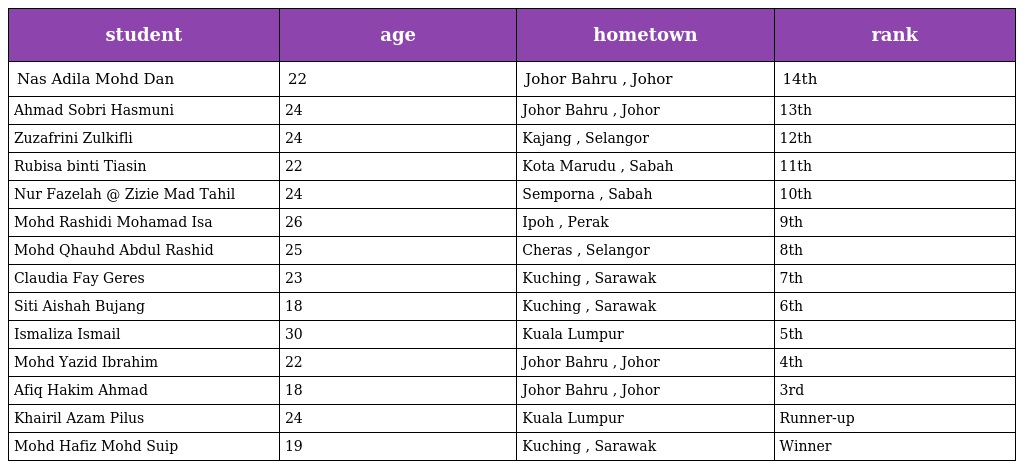
| student | age | hometown | rank |
 | --- | --- | --- | --- |
 | Nas Adila Mohd Dan | 22 | Johor Bahru , Johor | 14th |
 | Ahmad Sobri Hasmuni | 24 | Johor Bahru , Johor | 13th |
 | Zuzafrini Zulkifli | 24 | Kajang , Selangor | 12th |
 | Rubisa binti Tiasin | 22 | Kota Marudu , Sabah | 11th |
 | Nur Fazelah @ Zizie Mad Tahil | 24 | Semporna , Sabah | 10th |
 | Mohd Rashidi Mohamad Isa | 26 | Ipoh , Perak | 9th |
 | Mohd Qhauhd Abdul Rashid | 25 | Cheras , Selangor | 8th |
 | Claudia Fay Geres | 23 | Kuching , Sarawak | 7th |
 | Siti Aishah Bujang | 18 | Kuching , Sarawak | 6th |
 | Ismaliza Ismail | 30 | Kuala Lumpur | 5th |
 | Mohd Yazid Ibrahim | 22 | Johor Bahru , Johor | 4th |
 | Afiq Hakim Ahmad | 18 | Johor Bahru , Johor | 3rd |
 | Khairil Azam Pilus | 24 | Kuala Lumpur | Runner-up |
 | Mohd Hafiz Mohd Suip | 19 | Kuching , Sarawak | Winner |